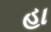
હા